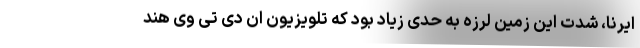
ایرنا، شدت این زمین لرزه به حدی زیاد بود که تلویزیون ان دی تی وی هند